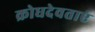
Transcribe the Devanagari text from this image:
क्रोधदेवताएं